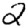
Digit: 2